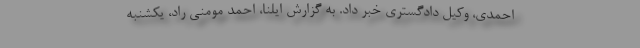
احمدی، وکیل دادگستری خبر داد. به گزارش ایلنا، احمد مومنی راد، یکشنبه